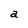
Character: a